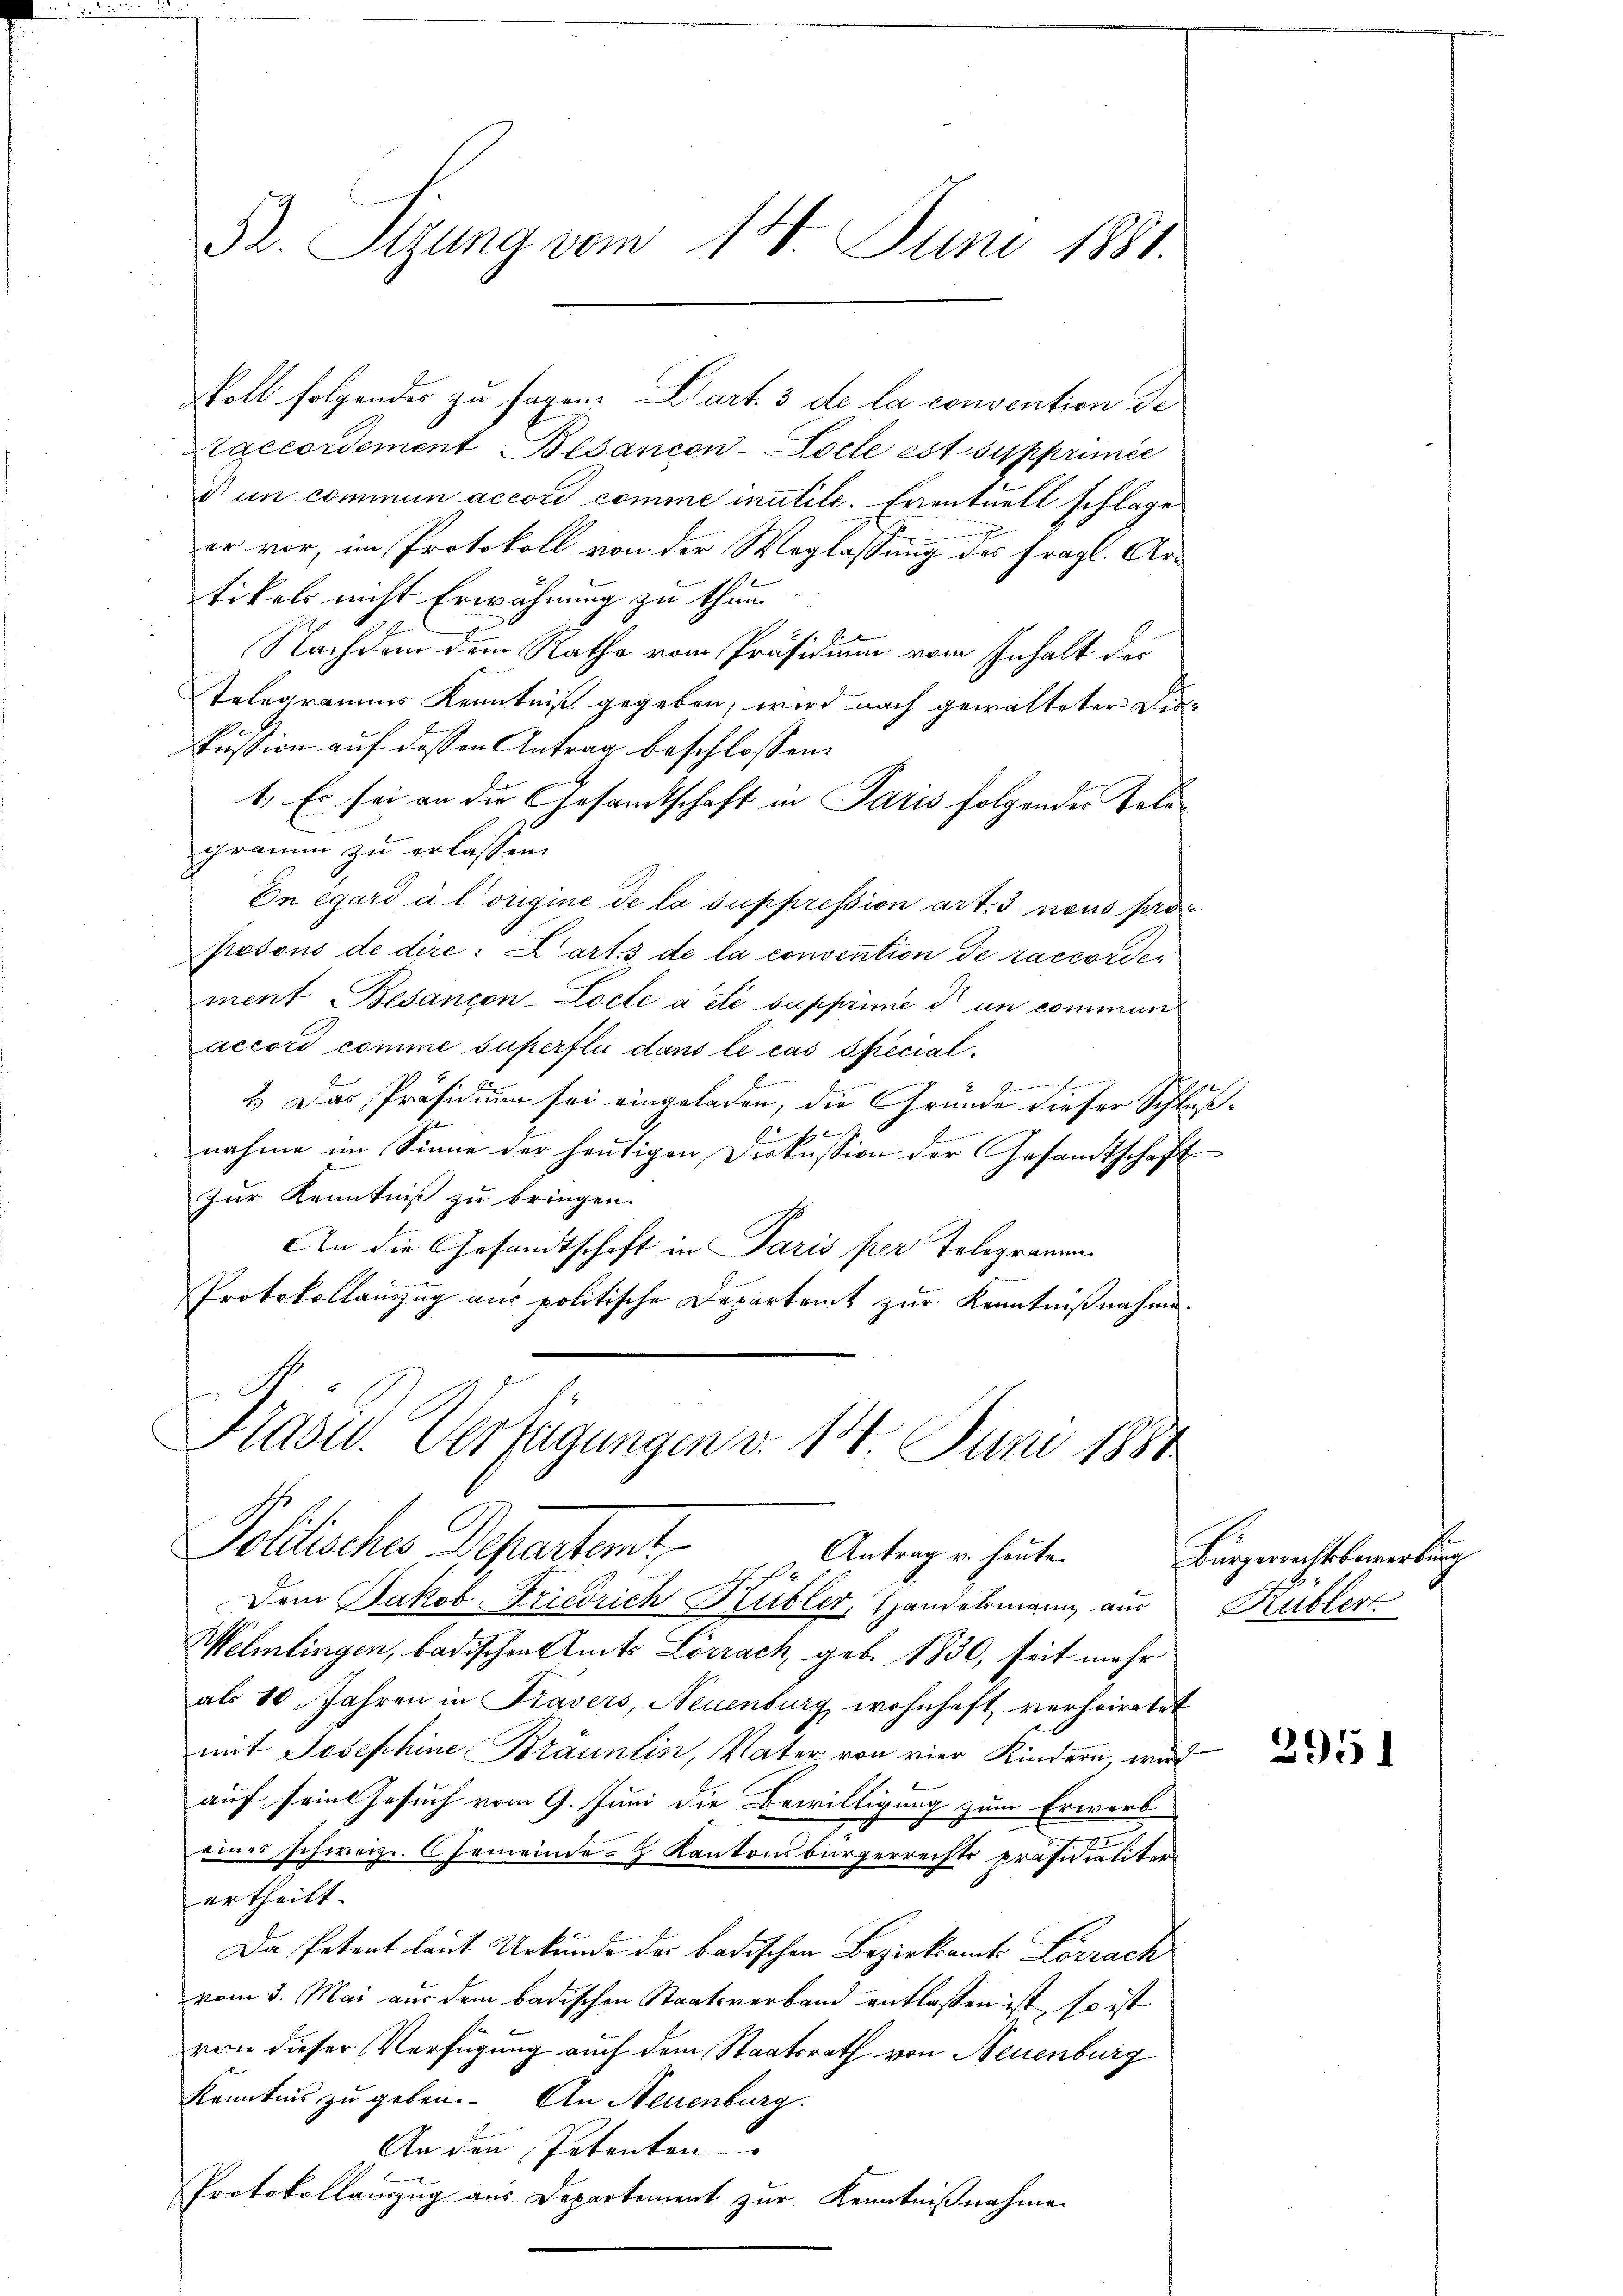
Pr. Sizung vom 14. Juni 1881.

Saccordement Blancon - Esele est supprimée
 un commun accord comme inutile. Eventuell schlage
er vor, im Protokoll von der Weglassung des fragl. Artikels nicht Erwähnung zu thun.
Nachdem dem Rathe vom Präsidium vom Inhalt der
Telegramms Kenntniß gegeben, wird nach gewalteter Diskussion auf dessen Antrag beschlossen:
1. Es sei an die Gesandtschaft in Paris folgendes Poli-
gramm zu erlassen.
En egard à l’origine de la suppression art. 3 nous proc
frosons de dire: Cart. 3 de la convention de raccorden
ment Besançon-Loele acti supprime d un commen
accord comme superfli dans le cas special¬
J.
3.) Das Präsidium sei eingeladen, die Gründe dieser Schluß¬

b
nahme im Sinne der heutigen Diskussion der Gesandtschaft
Zur Kenntniß zu bringen.
An die Gesandtschaft in Paris per Telegramme
Protokollauszug aus politische Departeit zur Kenntnißnahme.

oll folgendes zu sagen. Dart. 3 de la convention de

Präsid. Verfügungen v. 14. Juni 1884
Pollische Departent
Antrag u. heute.
A

Dem Jakob Friedrich Grübler, Handelsmann aus Rubler
Welmlingen, badischen Amts Lörrach, geb. 1830, seit mehr
als 10 Jahren in Travers, Neuenburg wohnhaft verheiratet
mit Josephine Bräunlin, Vater von vier Kindern, wird
auf seine Gesuch vom 9. Juni die Bewilligung zum Erwerb
m
eines schweiz. Gemeinde- & Kantonsbürgerrechts präsidialiter
ertheilt.
Da Petent laut Urkunde der badischen Bezirksamt Lörrach
vom 3. Mai aus dem badischen Staatsverband entlassen ist, so ist
von dieser Verfügung auch dem Staatsrath von Neuenburg
Kenntnis zu geben. An Neuenburg.
An den Petenten |
Protokollauszug aus Departement zur Kenntnißnahme

Bürgerrechtsbewerbung

2951